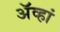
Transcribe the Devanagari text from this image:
अॅव्हां